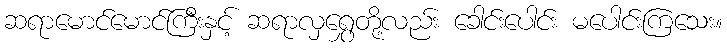
ဆရာမောင်မောင်ကြီးနှင့် ဆရာလှရွှေတို့လည်း ခေါင်းပေါင်း မပေါင်းကြသေး။